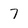
Character: 7